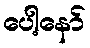
ပေါ့နော်